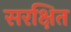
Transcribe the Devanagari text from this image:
सरक्षित